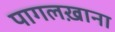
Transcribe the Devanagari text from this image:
पागलख़ाना